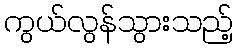
ကွယ်လွန်သွားသည့်